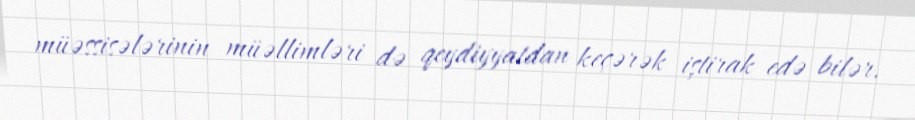
müəssisələrinin müəllimləri də qeydiyyatdan keçərək iştirak edə bilər.